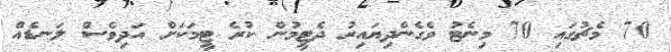
70' މެޗުގައި 70 މިނެޓު ވެގެންދިޔައިރު ދެޓީމުން ކުރެ ޓީމަކަށް އަދިވެސް ލަނޑެއް